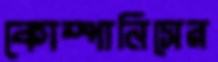
কোম্পানিসের